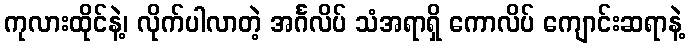
ကုလားထိုင်နဲ့၊ လိုက်ပါလာတဲ့ အင်္ဂလိပ် သံအရာရှိ ကောလိပ် ကျောင်းဆရာနဲ့